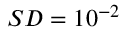
S D = 1 0 ^ { - 2 }